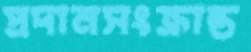
প্রদানসংক্রান্ত